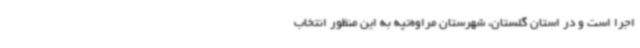
اجرا است و در استان گلستان، شهرستان مراوه‌تپه به این منظور انتخاب